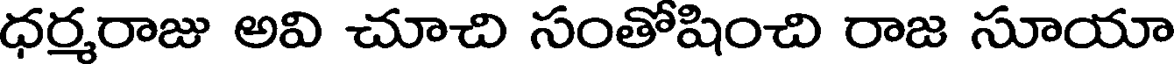
ధర్మరాజు అవి చూచి సంతోషించి రాజ సూయా